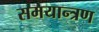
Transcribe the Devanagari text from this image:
समयान्त्रण